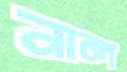
নাল